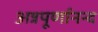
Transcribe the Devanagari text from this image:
अन्नपूर्णानन्द